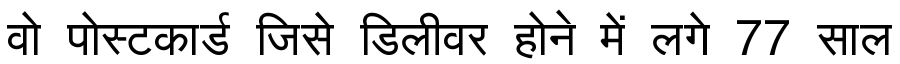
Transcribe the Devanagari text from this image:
वो पोस्टकार्ड जिसे डिलीवर होने में लगे 77 साल